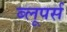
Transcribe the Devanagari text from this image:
ब्लूपर्स